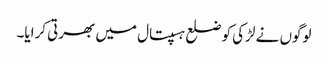
لوگوں نے لڑکی کو ضلع ہسپتال میں بھرتی کرایا۔